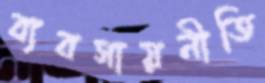
ব্যবসায়নীতি